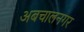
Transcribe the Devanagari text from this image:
अबचालनगर